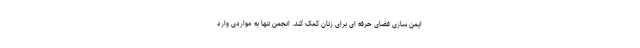
ایمن سازی فضای حرفه ای برای زنان کمک کند. انجمن تنها به مواردی وارد